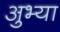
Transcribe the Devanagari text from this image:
अुभ्या